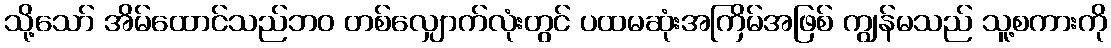
သို့သော် အိမ်ထောင်သည်ဘဝ တစ်လျှောက်လုံးတွင် ပထမဆုံးအကြိမ်အဖြစ် ကျွန်မသည် သူ့စကားကို